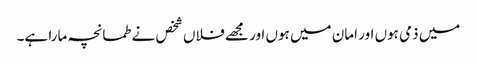
میں ذمی ہوں اور امان میں ہوں اور مجھے فلاں شخص نے طمانچہ مارا ہے۔